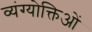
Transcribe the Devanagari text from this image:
व्यंग्योक्तिओं